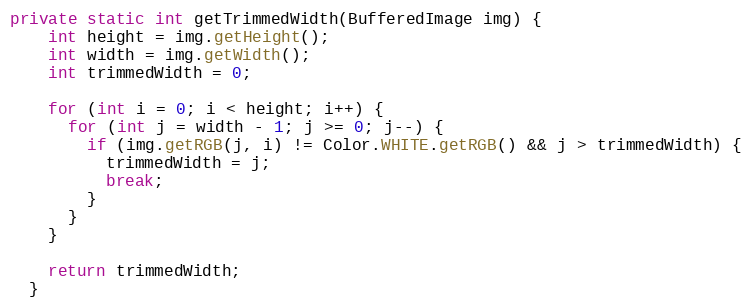
Language: Java
private static int getTrimmedWidth(BufferedImage img) {
    int height = img.getHeight();
    int width = img.getWidth();
    int trimmedWidth = 0;

    for (int i = 0; i < height; i++) {
      for (int j = width - 1; j >= 0; j--) {
        if (img.getRGB(j, i) != Color.WHITE.getRGB() && j > trimmedWidth) {
          trimmedWidth = j;
          break;
        }
      }
    }

    return trimmedWidth;
  }